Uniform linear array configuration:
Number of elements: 32
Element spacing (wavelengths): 0.25
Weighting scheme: exponential
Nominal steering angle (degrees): -30
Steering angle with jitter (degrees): -28.35
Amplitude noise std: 0.05
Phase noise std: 0.05

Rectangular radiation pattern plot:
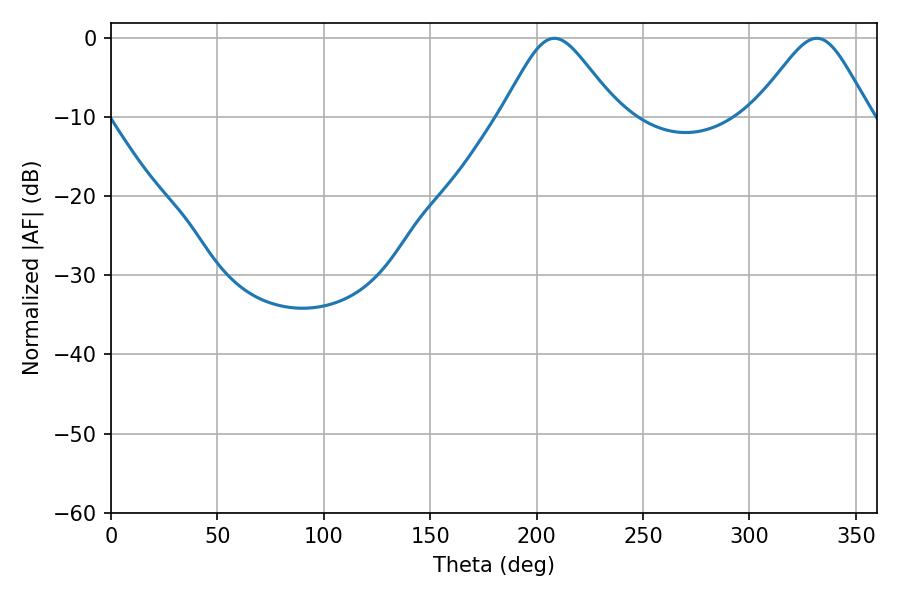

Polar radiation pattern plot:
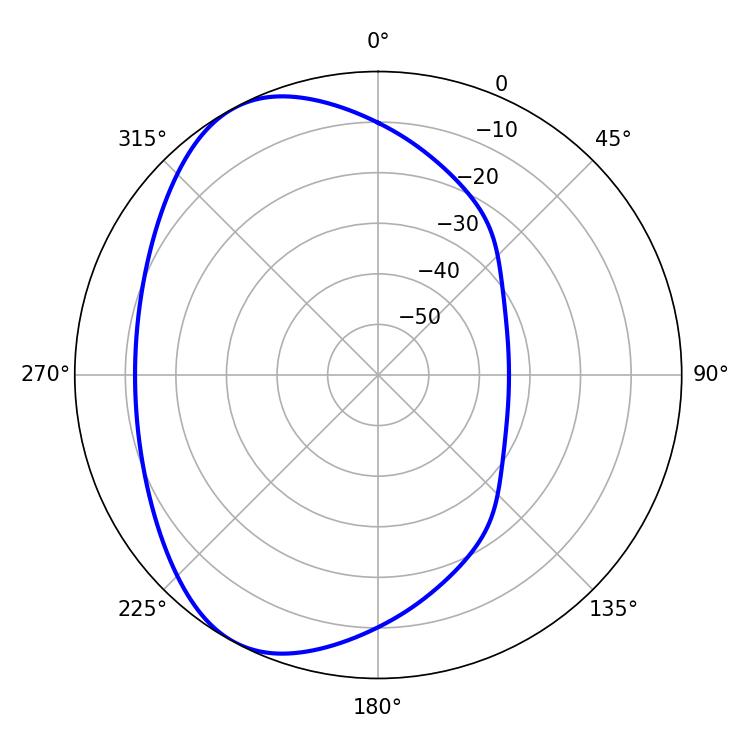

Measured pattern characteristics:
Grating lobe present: FALSE
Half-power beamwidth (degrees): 26.64
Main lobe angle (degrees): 208.26